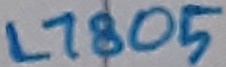
Text: L7805